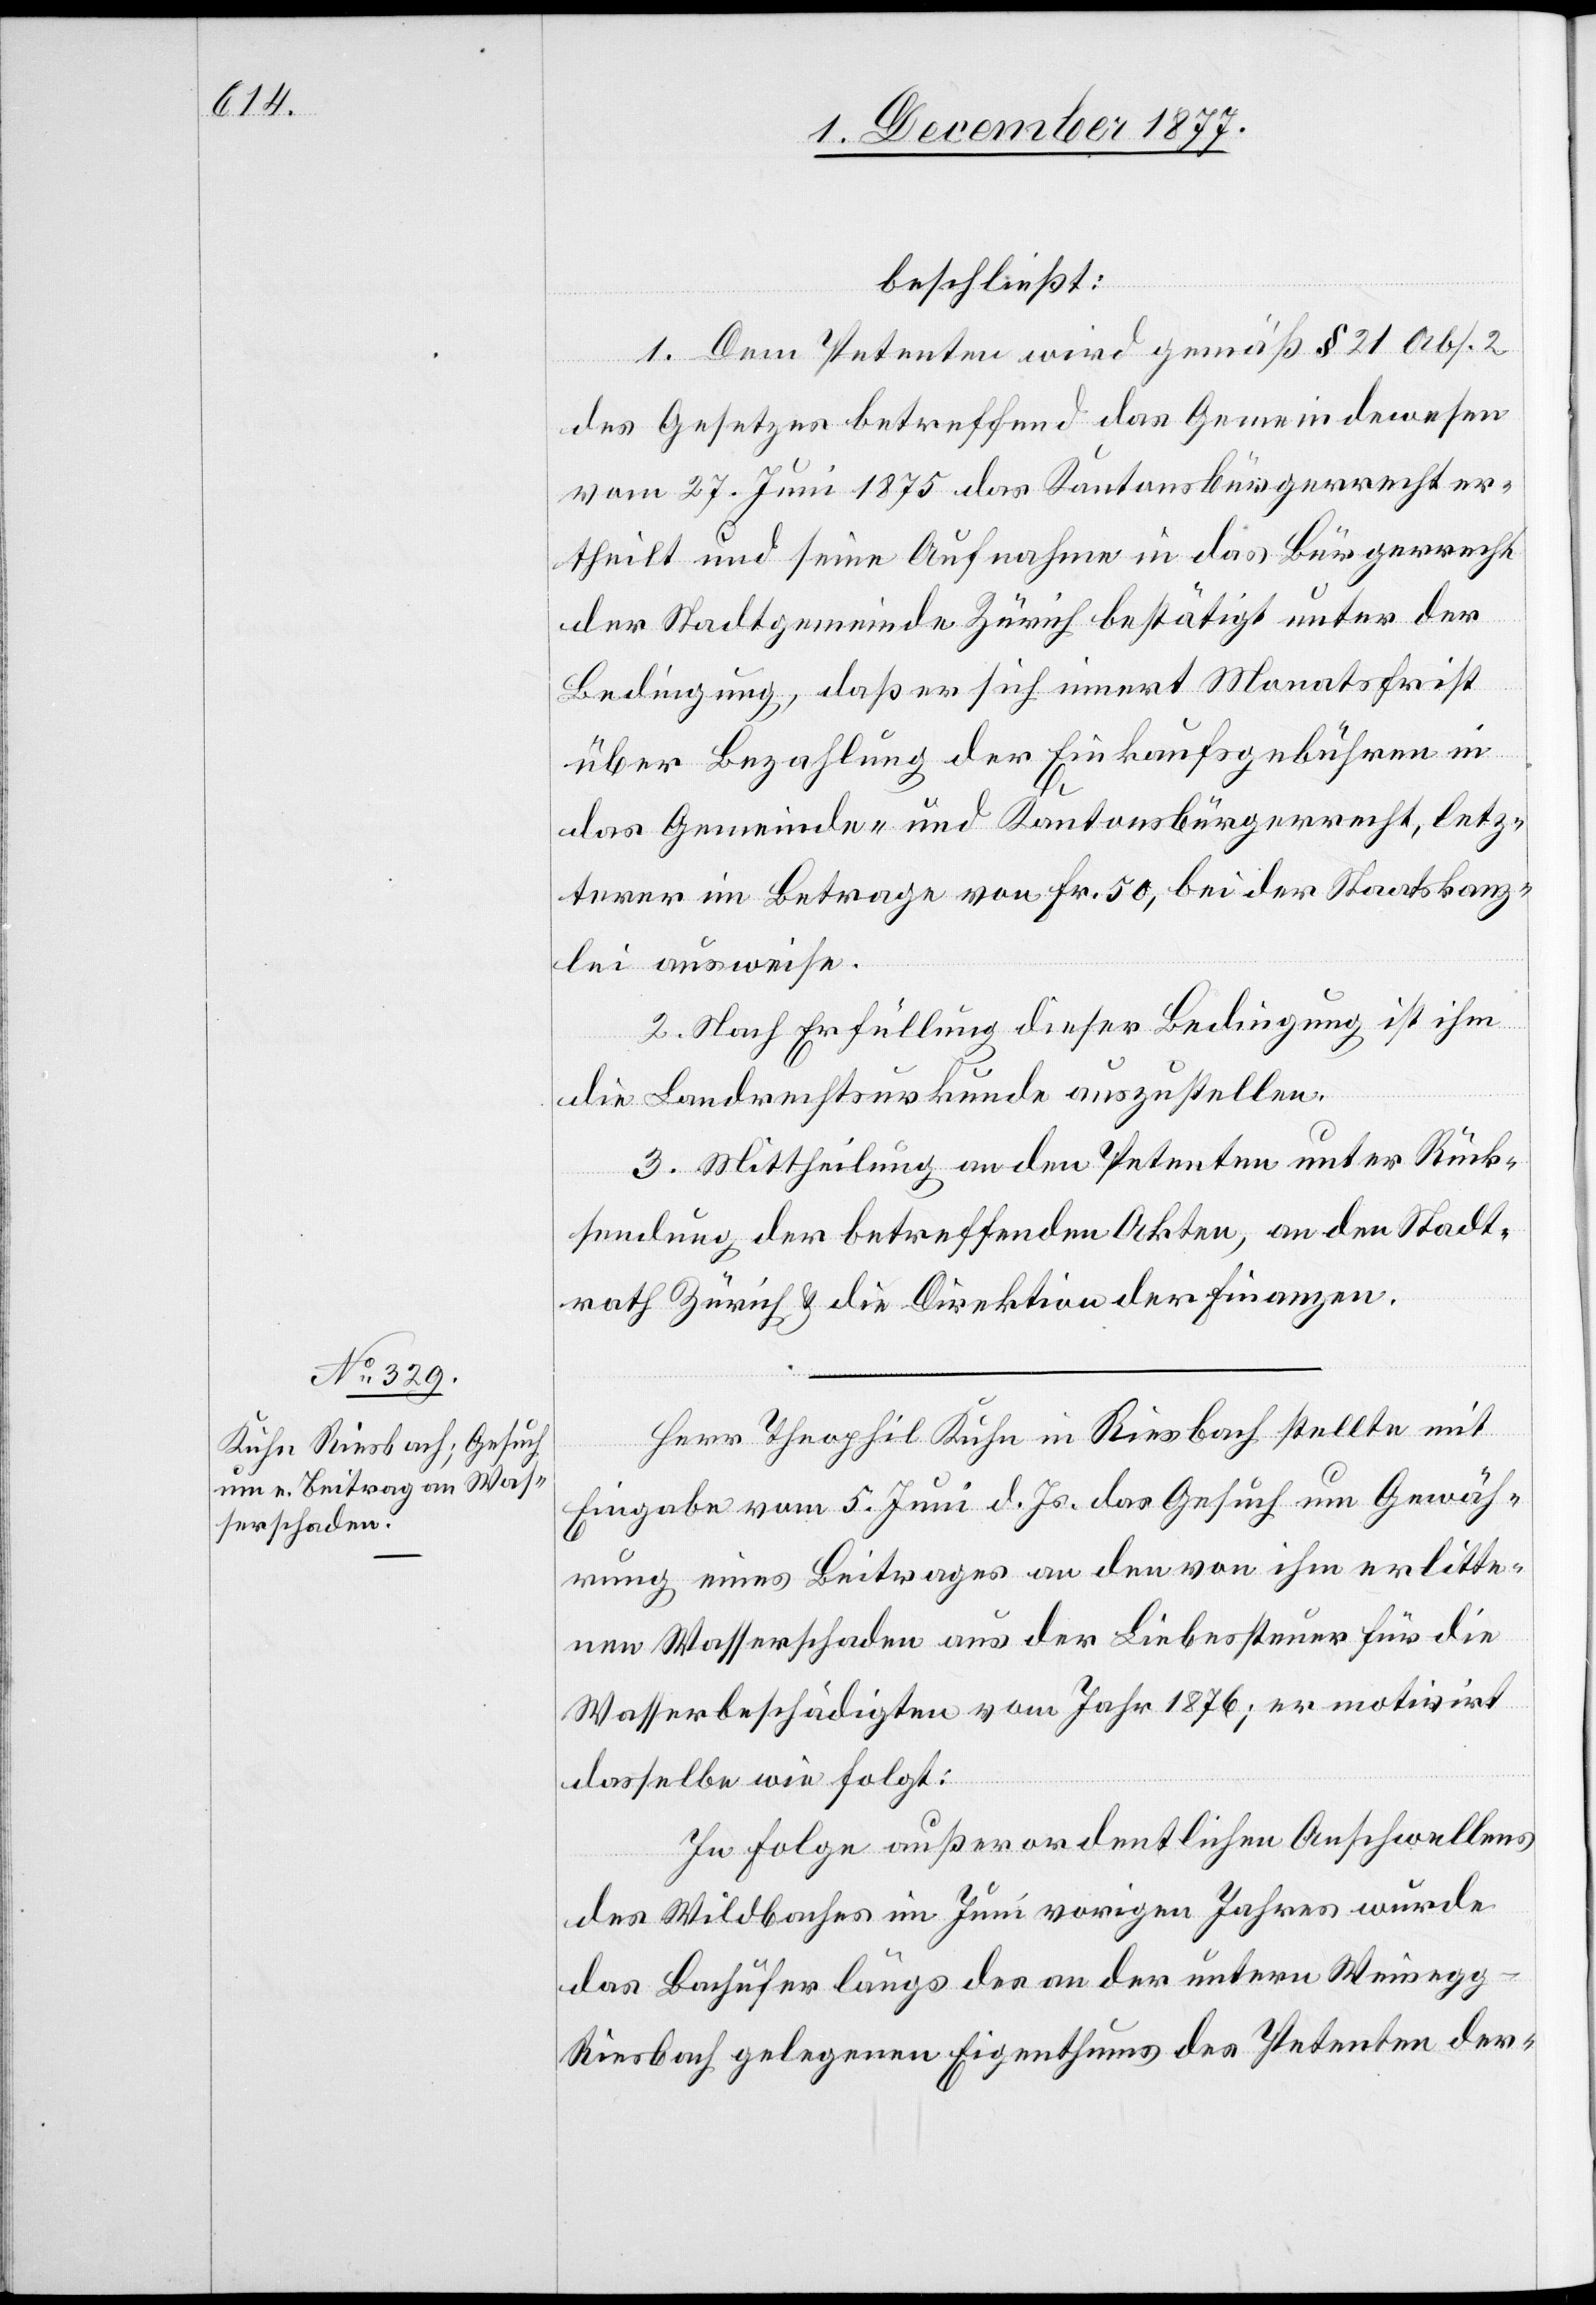
beschließt:
1. Dem Petenten wird gemäß § 21 Abs. 2
des Gesetzes betreffend das Gemeindewesen
vom 27. Juni 1875 das Kantonsbürgerrecht er¬
theilt und seine Aufnahme in das Bürgerrecht
der Stadtgemeinde Zürich bestätigt unter der
Bedingung, daß er sich innert Monatsfrist
über Bezahlung der Einkaufsgebühren in
das Gemeinde- und Kantonsbürgerrecht, letz¬
terer im Betrage von Fr. 50, bei der Staatskanz¬
lei ausweise.
2. Nach Erfüllung dieser Bedingung ist ihm
die Landrechtsurkunde auszustellen.
3. Mittheilung an den Petenten unter Rück¬
sendung der betreffenden Akten, an den Stadt¬
rath Zürich & die Direktion der Finanzen.
Herr Theophil Kuhn in Riesbach stellte mit
Eingabe vom 5. Juni d. Js. das Gesuch um Gewäh¬
rung eines Beitrages an den von ihm erlitte¬
nen Wasserschaden aus der Liebessteuer für die
Wasserbeschädigten vom Jahr 1876; er motivirt
dasselbe wie folgt:
In Folge außerordentlichen Anschwellens
des Wildbaches im Juni vorigen Jahres wurde
das Bachufer längs des an der untern Weinegg
Riesbach gelegenen Eigenthums des Petenten der-